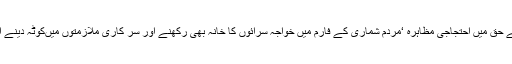
16 نومبر2016ء) خواجہ سراء کی تنظیموں کا لاہور پر یس کلب کے باہر اپنے مطالبات کے حق میں احتجاجی مظاہرہ ‘مردم شماری کے فارم میں خواجہ سرائوں کا خانہ بھی رکھنے اور سر کاری ملازمتوں میںکوٹہ دینے اور سیالکوٹ میں خواجہ سراء پر تشدد کر نیوالوں کے خلاف سخت کاروائی کا مطالبہ کر دیا ۔